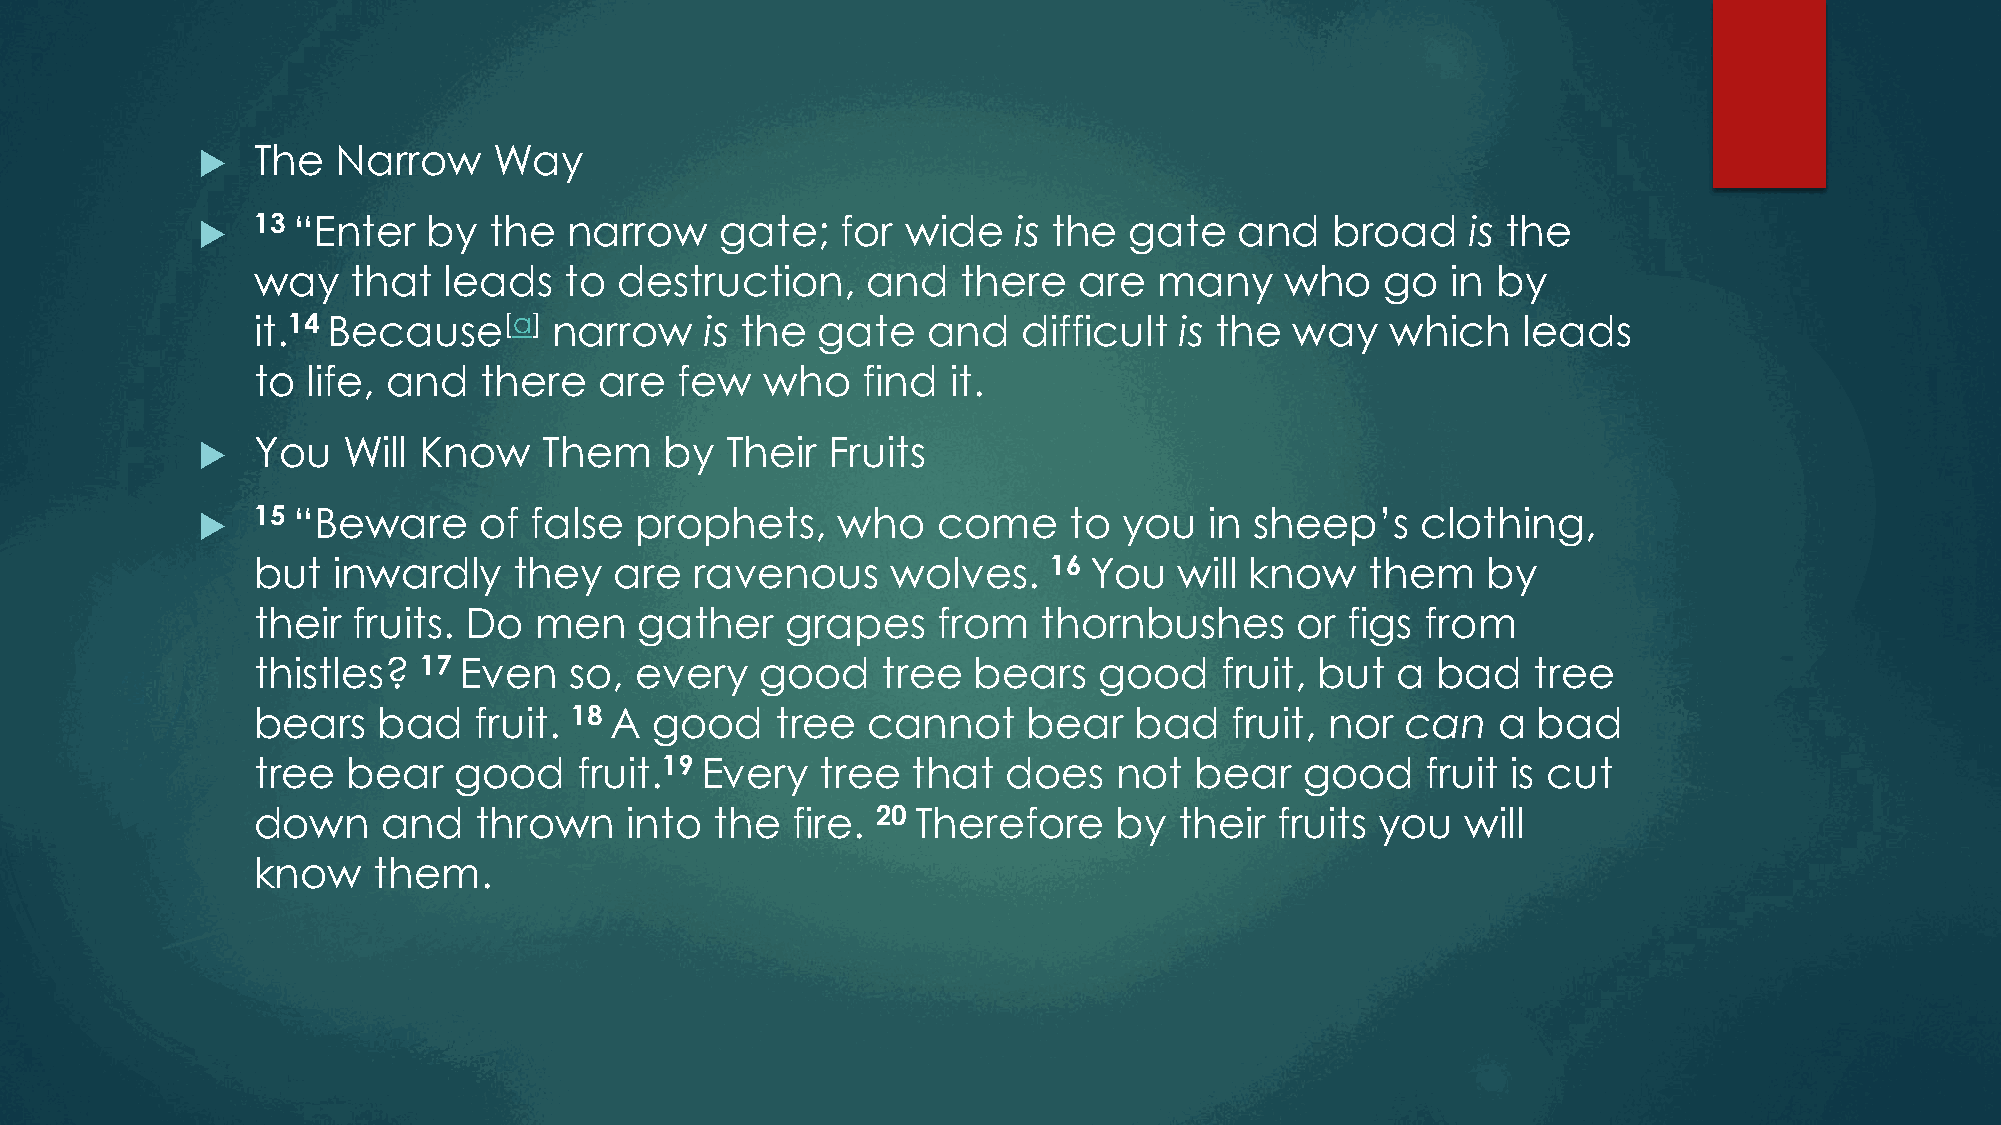
   The  Narrow     Way
    13 “Enter  by  the   narrow    gate;   for wide   is the  gate   and   broad    is the
 way   that  leads   to  destruction,    and    there  are   many    who    go  in by
 it.14 Because[a]    narrow    is the gate   and    difficult is the  way   which    leads
 to life, and   there   are  few   who   find  it.
    You   Will Know    Them    by  Their  Fruits
    15 “Beware     of false  prophets,    who    come     to you   in sheep’s    clothing,
 but  inwardly    they   are  ravenous     wolves.    16 You  will know    them   by
 their fruits. Do  men    gather    grapes    from   thornbushes      or figs from
 thistles?  17 Even   so, every   good    tree  bears    good    fruit, but a  bad   tree
 bears   bad   fruit. 18 A good    tree  cannot     bear   bad    fruit, nor can   a  bad
 tree  bear   good    fruit.19 Every  tree  that   does   not  bear   good    fruit is cut
 down    and   thrown    into  the  fire. 20 Therefore    by  their  fruits you  will
 know    them.